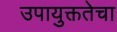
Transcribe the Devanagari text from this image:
उपायुक्ततेचा